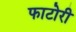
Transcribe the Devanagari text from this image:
फाटोरी